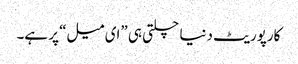
کارپوریٹ دنیا چلتی ہی ”ای میل“ پر ہے۔